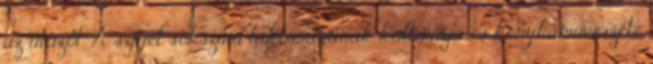
az utazót. A sziget sokszínű lakosságának kultúrája és konyhaművészete